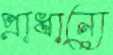
প্রাধান্যে